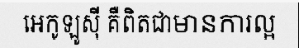
អេកូឡូស៊ី គឺពិតជាមានការល្អ